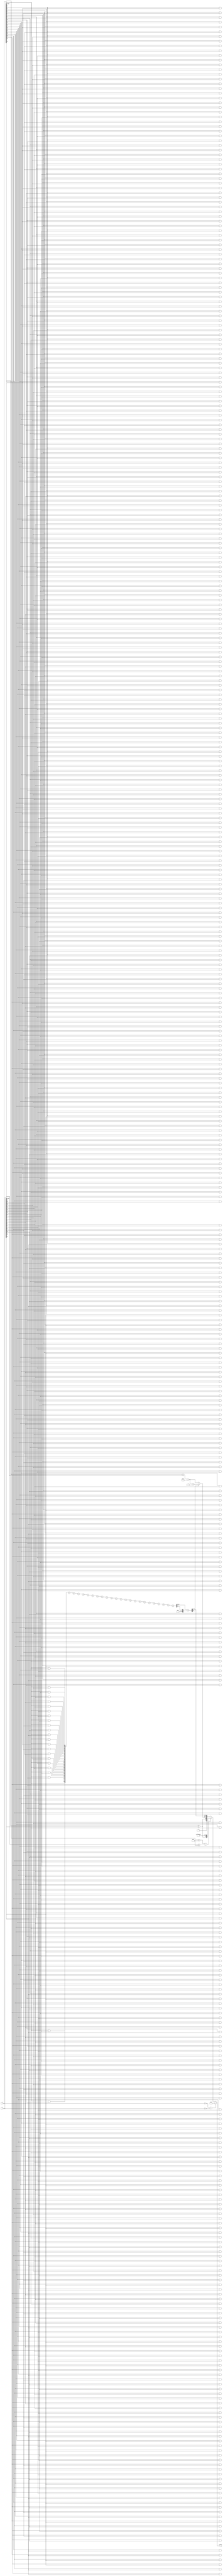
module floating_point_wallace_tree_multiplier #(
    parameter E = 8, // Number of exponent bits
    parameter M = 23, // Number of mantissa bits
    parameter BIAS = 127 // Bias for exponent
)(
    input wire [E + M:0] a, // Input floating-point number 1
    input wire [E + M:0] b, // Input floating-point number 2
    output reg [E + M:0] result // Output floating-point number
);

    // Extract sign, exponent, and mantissa
    wire sign_a = a[E + M]; // Sign bit of a
    wire sign_b = b[E + M]; // Sign bit of b
    wire [E-1:0] exp_a = a[E + M - 1:E + M - E]; // Exponent of a
    wire [E-1:0] exp_b = b[E + M - 1:E + M - E]; // Exponent of b
    wire [M:0] mant_a = {1'b1, a[M - 1:0]}; // Mantissa of a (implicit leading 1)
    wire [M:0] mant_b = {1'b1, b[M - 1:0]}; // Mantissa of b (implicit leading 1)

    // Sign calculation
    wire result_sign = sign_a ^ sign_b;

    // Exponent calculation
    wire [E:0] exp_sum = {1'b0, exp_a} + {1'b0, exp_b} - BIAS; // Add exponents and subtract bias

    // Mantissa multiplication using Wallace Tree
    wire [2*M:0] partial_products[M:0]; // Partial products
    genvar i, j;
    
    // Generate partial products
    generate
        for (i = 0; i < M + 1; i = i + 1) begin : pp_gen
            for (j = 0; j < M + 1; j = j + 1) begin : pp_inner
                assign partial_products[i][j + i] = mant_a[i] & mant_b[j]; // AND operation
            end
        end
    endgenerate

    // Wallace tree reduction
    wire [2*M:0] sum [M:0]; // Sums at each stage
    wire [M:0] carry [M:0]; // Carries at each stage

    // Initial stage (first reduction)
    assign sum[0] = partial_products[0];
    assign carry[0] = 0;

    generate
        for (i = 1; i < M + 1; i = i + 1) begin : reduction
            // Full adder and half adder logic to reduce partial products
            // This is a simplified example; a full implementation would require more stages
            assign {carry[i], sum[i]} = sum[i - 1] + partial_products[i];
        end
    endgenerate

    // Final mantissa result
    wire [2*M:0] mant_result = sum[M] + carry[M];

    // Normalization
    reg [M:0] normalized_mantissa;
    reg [E:0] normalized_exponent;
    
    always @(*) begin
        // Normalize mantissa
        if (mant_result[2*M] == 1) begin
            normalized_mantissa = mant_result[M-1:0]; // Shift right
            normalized_exponent = exp_sum + 1; // Increase exponent
        end else begin
            normalized_mantissa = mant_result[M:0]; // No shift
            normalized_exponent = exp_sum; // Keep exponent
        end
    end

    // Handle special cases (zero, infinity, NaN)
    always @(*) begin
        if (a == 0 || b == 0) begin
            result = 0; // Zero case
        end else if (exp_a == {E{1'b1}} || exp_b == {E{1'b1}}) begin
            result = {result_sign, {E{1'b1}}, {M{1'b0}}}; // Infinity case
        end else begin
            // Assemble final result
            result = {result_sign, normalized_exponent[E-1:0], normalized_mantissa[M-1:1]};
        end
    end

endmodule